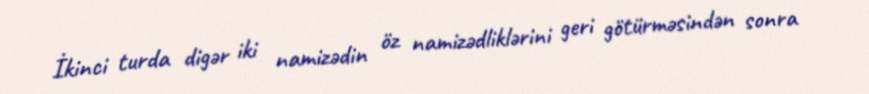
İkinci turda digər iki namizədin öz namizədliklərini geri götürməsindən sonra